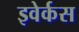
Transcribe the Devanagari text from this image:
इवेर्कस